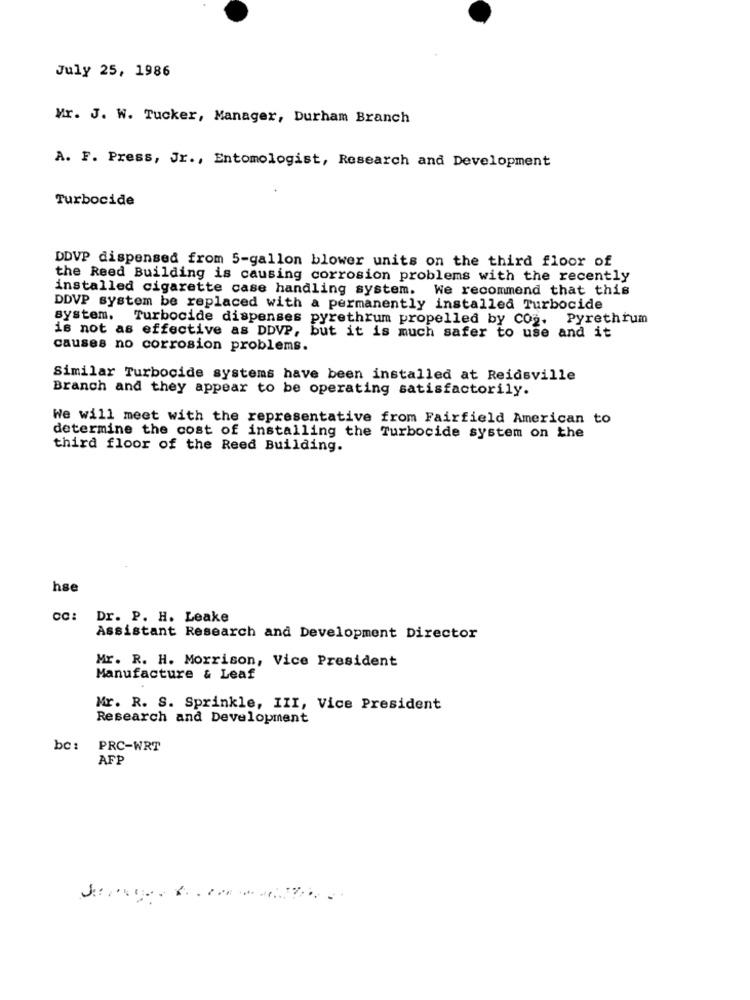
July 25, 1986
Mr. J. W. Tucker, Manager, Durham Branch
A. F. Press, Jr ., Entomologist, Research and Development
Turbocide
DDVP dispensed from 5-gallon blower units on the third floor of
the Reed Building is causing corrosion problems with the recently
installed cigarette case handling system. We recommend that this
DDVP system be replaced with a permanently installed Turbocide
system.
Turbocide dispenses pyrethrum propelled by Co2. Pyrethrum
is not as effective as DDVP, but it is much safer to use and it
causes no corrosion problems.
Similar Turbocide systems have been installed at Reidsville
Branch and they appear to be operating satisfactorily.
We will meet with the representative from Fairfield American to
determine the cost of installing the Turbocide system on the
third floor of the Reed Building.
hse
cc: Dr. P. H. Leake
Assistant Research and Development Director
Mr. R. H. Morrison, Vice President
Manufacture & Leaf
Mr. R. S. Sprinkle, III, Vice President
Research and Development
bc:
PRC-WRT
AFP